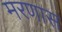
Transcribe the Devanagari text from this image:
मरणास